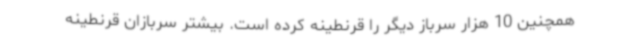
همچنین 10 هزار سرباز دیگر را قرنطینه کرده است. بیشتر سربازان قرنطینه